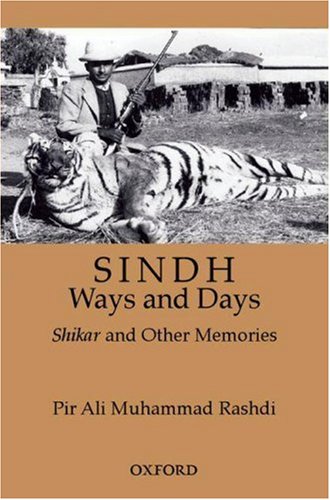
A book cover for Sindh: Ways and Days: A Medley of Memories, Hunting, and Sporting; Pir Ali Muhammad Rashdi; History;